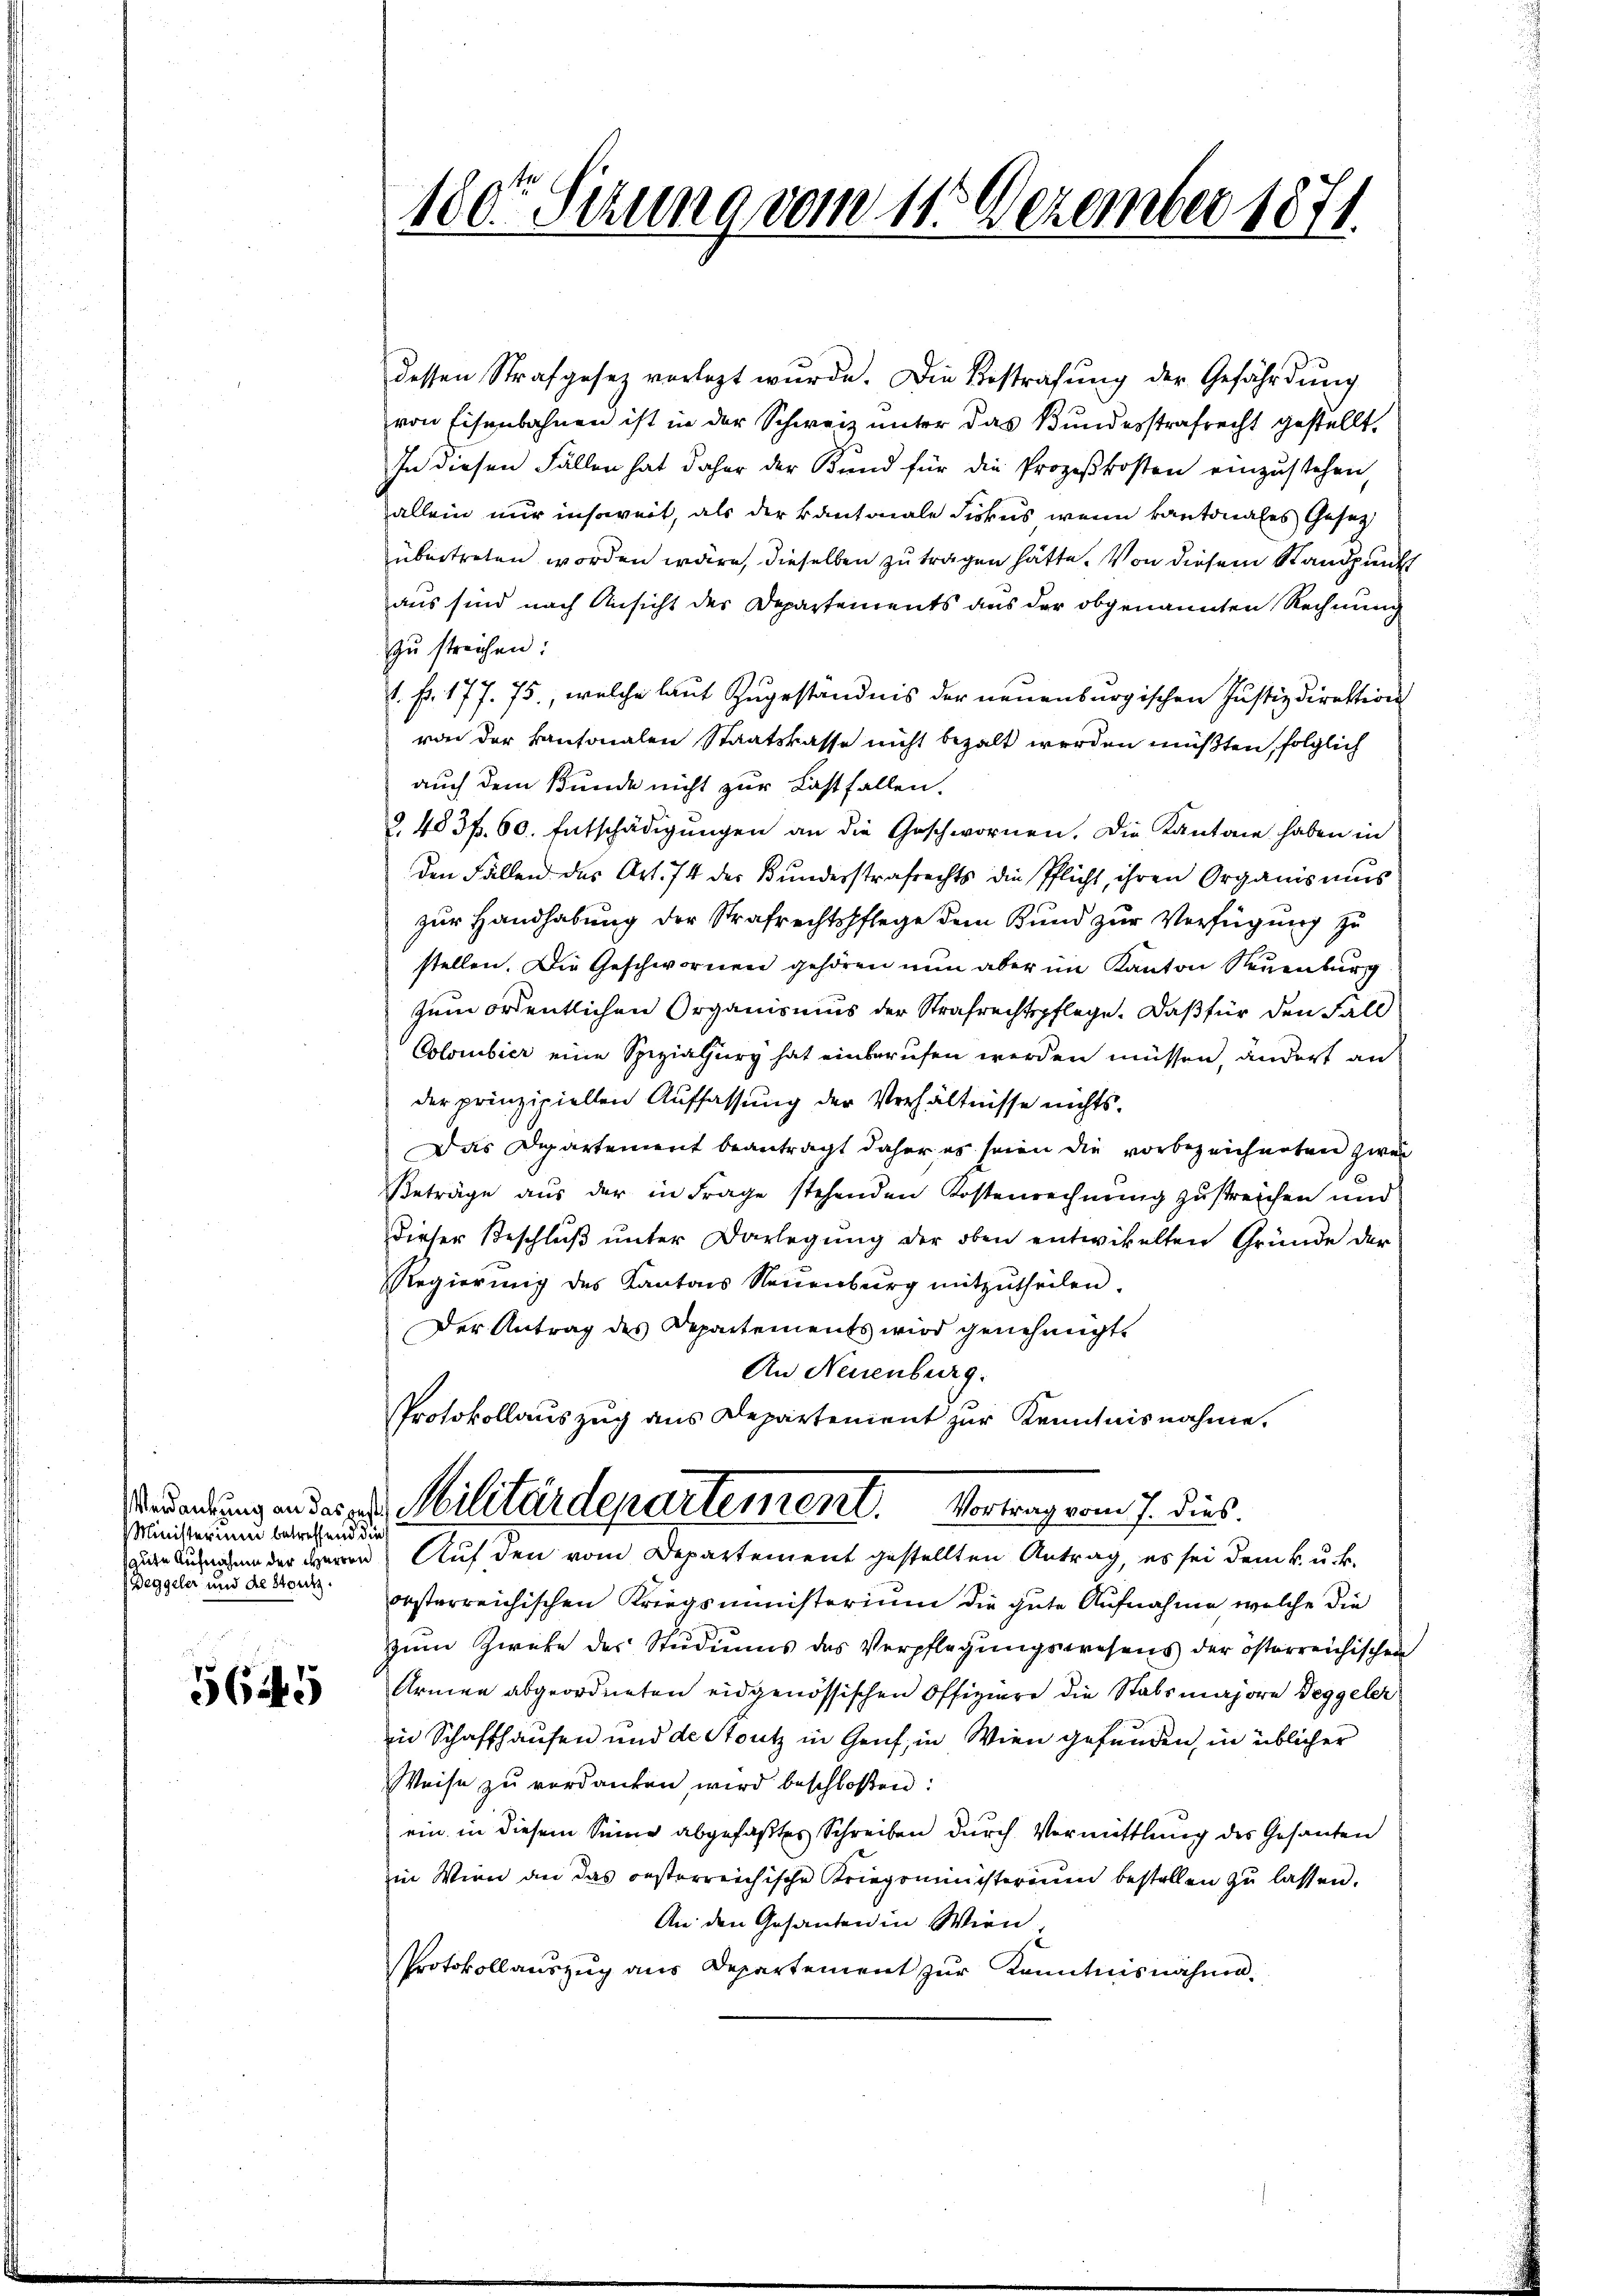
Minister und betreffend dies
Beggeler und die Stutz

5645

dessen Strafgesetz vorlegt wŭrde. Die Bestrafŭng der Gefährdung
von Eisenbahnen ist in der Schweiz unter das Bundesstrafrecht gestellt,
In diesen Fällen hat daher der Bund für die Prozeßkosten einzustehen,
allein nur insoweit, als der Kantonale Fiskus wenn kantonales Gesetz
übertreten worden wäre, dieselben zu tragen hätte. Von diesem Standpunkt
aus sind nach Ansicht der Departements aus der obgenannten Rechnung
zu streichen:
1. Fr. 177. 75., welche laut Zugeständnis der neuenburgischen Justizdirektion
von der kantonalen Staatskasse nicht bezalt werden müßten, folglich
auch dem Bunde nicht zur Last fallen.
§ 483 f. 60. Entschädigŭngen an die Geschwornen. Die Kantone haben in
den Fällen des Art. 74 des Bundesstrafrechts die Pflicht, ihren Organismus
zur Handhabung der Strafrechtspflege dem Bund zur Verfügung zu
stellen. Die Geschwornen gehören nun aber im Kanton Neuenburg
zum ordentlichen Organismus der Strafrechtspflege. Daß für den Fall
Colombier eine Spezialury hat einberufen werden müssen, ändert an
der prinzipiellen Auffassung der Verhältnisse nichts.
Das Departement beantragt daher es seien die vorbezeichneten zwei
Beträge aus der in Frage stehenden Kostenrechnung zustreichen und
dieser Beschlŭβ ŭnter Darlegŭng der oben entwickelten Gründe der
Regierung des Kantons Neuenburg mitzŭtheilen.
Der Antrag des Departements wird genehmigt.
An Neuenburg.
Protokollauszug aus Departement zur Kenntnisnahme.

180r Serung vom 11. Dezember 1871

Sendung in der als Meilitärdepartement. Vortrag vom 7. dies.
 Lungen der Herrn Auf den vom Departement gestellten Antrag, es sei dem k. u. k.

orsterreichischen Kriegsministerium die gute Aufnahme welche die
zum Zweke des Studiums des Verpflegungswesens der österreichischen
Armen abgeordneten eidgenössischen Offiziere die Stabsmajore Deggeler
in Schaffhausen und de Stutz in Genf, in Wien gefunden, in üblicher
Weise zŭ verdanken wird beschloßen:
ein in diesem Sinne abgefaßtes Schreiben durch Vermittlung des Gesanten
in Wien an das oesterreichische Kriegsministerium bestellen zu lassen.
An den Gesanten in Wien,
Protokollauszug aus Departement zur Kenntnisnähme.